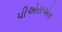
પીએસએલ